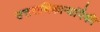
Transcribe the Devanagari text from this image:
उत्तराधिकाऱ्यांपैकी